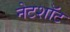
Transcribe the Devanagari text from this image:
नेटशॉट